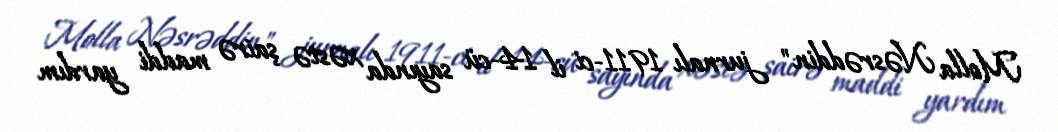
Molla Nəsrəddin" jurnalı 1911-ci il 14-cü sayında xəstə şairə maddi yardım